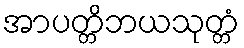
အာပတ္တိဘယသုတ္တံ